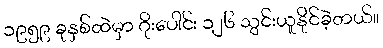
၁၉၅၉ ခုနှစ်ထဲမှာ ဂိုးပေါင်း ၁၂၆ သွင်းယူနိုင်ခဲ့တယ်။